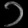
Digit: ၁